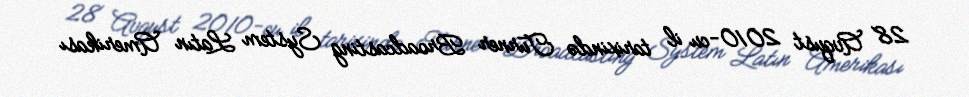
28 Avqust 2010-cu il tarixində Turner Broadcasting System Latın Amerikası